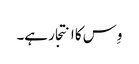
وِس کا انتجار ہے۔